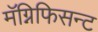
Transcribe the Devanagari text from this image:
मॅग्निफिसन्ट